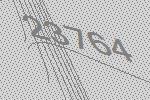
23764